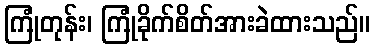
ကြုံတုန်း၊ ကြုံခိုက်စိတ်အားခဲထားသည်။